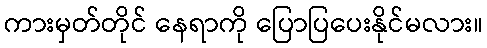
ကားမှတ်တိုင် နေရာကို ပြောပြပေးနိုင်မလား။